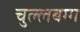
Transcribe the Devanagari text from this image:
चुल्लबग्ग